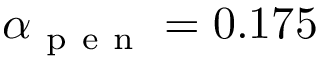
\alpha _ { \mathrm { ~ p ~ e ~ n ~ } } = 0 . 1 7 5